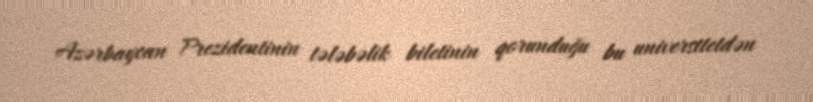
Azərbaycan Prezidentinin tələbəlik biletinin qorunduğu bu universitetdən